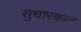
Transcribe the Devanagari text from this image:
सुधारकात